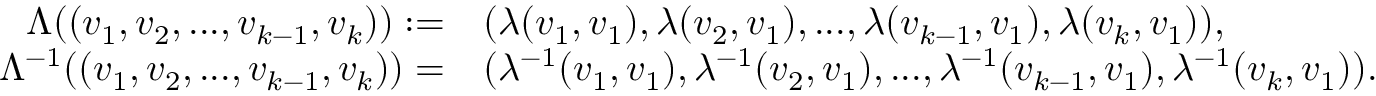
\begin{array} { r l } { \Lambda ( ( v _ { 1 } , v _ { 2 } , . . . , v _ { k - 1 } , v _ { k } ) ) : = } & { ( \lambda ( v _ { 1 } , v _ { 1 } ) , \lambda ( v _ { 2 } , v _ { 1 } ) , . . . , \lambda ( v _ { k - 1 } , v _ { 1 } ) , \lambda ( v _ { k } , v _ { 1 } ) ) , } \\ { \Lambda ^ { - 1 } ( ( v _ { 1 } , v _ { 2 } , . . . , v _ { k - 1 } , v _ { k } ) ) = } & { ( \lambda ^ { - 1 } ( v _ { 1 } , v _ { 1 } ) , \lambda ^ { - 1 } ( v _ { 2 } , v _ { 1 } ) , . . . , \lambda ^ { - 1 } ( v _ { k - 1 } , v _ { 1 } ) , \lambda ^ { - 1 } ( v _ { k } , v _ { 1 } ) ) . } \end{array}